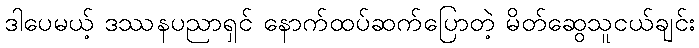
ဒါပေမယ့် ဒဿနပညာရှင် နောက်ထပ်ဆက်ပြောတဲ့ မိတ်ဆွေသူငယ်ချင်း